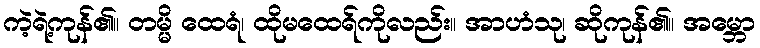
ကဲ့ရဲ့ကုန်၏။ တမ္မိ ထေရံ၊ ထိုမထေရ်ကိုလည်း။ အာဟံသု၊ ဆိုကုန်၏။ အမ္ဘော